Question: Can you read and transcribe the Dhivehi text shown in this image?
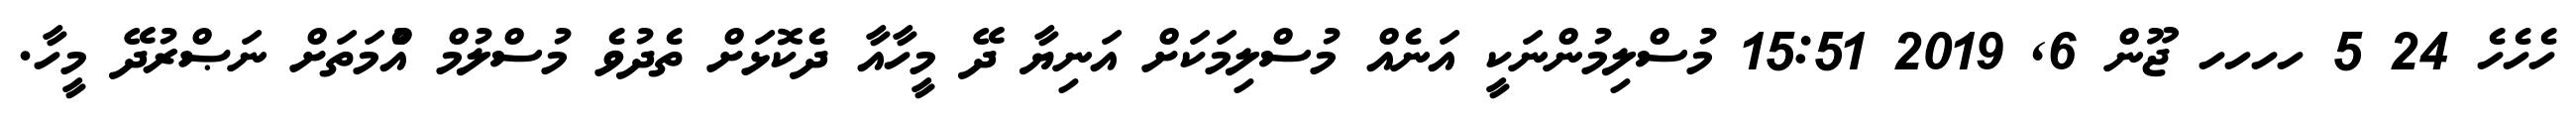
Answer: ހެހެހެ 24 5 ހހހހ ޖޫން 6, 2019 15:51 މުސްލިމުންނަކީ އަނެއް މުސްލިމަކަށް އަނިޔާ ދޭ މީހާއާ ދެކޮޅަށް ތެދުވެ މުސްލުމް އުެްމަތަށް ނަޞްރުދޭ މީހާ.